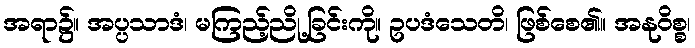
အရာ၌။ အပ္ပသာဒံ၊ မကြည့်ညို့ခြင်းကို။ ဥပဒံသေတိ၊ ဖြစ်စေ၏။ အနုဝိစ္စ၊